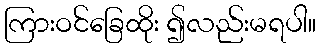
ကြားဝင်ခြေထိုး ၍လည်းမရပါ။